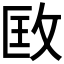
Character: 𢼳